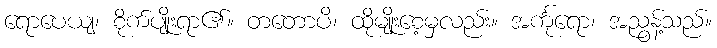
ရောပေယျ၊ စိုက်ပျိုးရာ၏။ တတောပိ၊ ထိုမျိုးစေ့မှလည်း။ အင်္ကုရော၊ အညွန့်သည်။